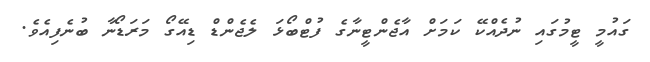
ގައުމީ ޓީމުގައި ނުދެއްކޭ ކަމަށް އާޖެންޓީނާގެ ފުޓްބޯޅަ ލެޖެންޑް ޑިއޭގޯ މަރަޑޯނާ ބުނެފިއެވެ.